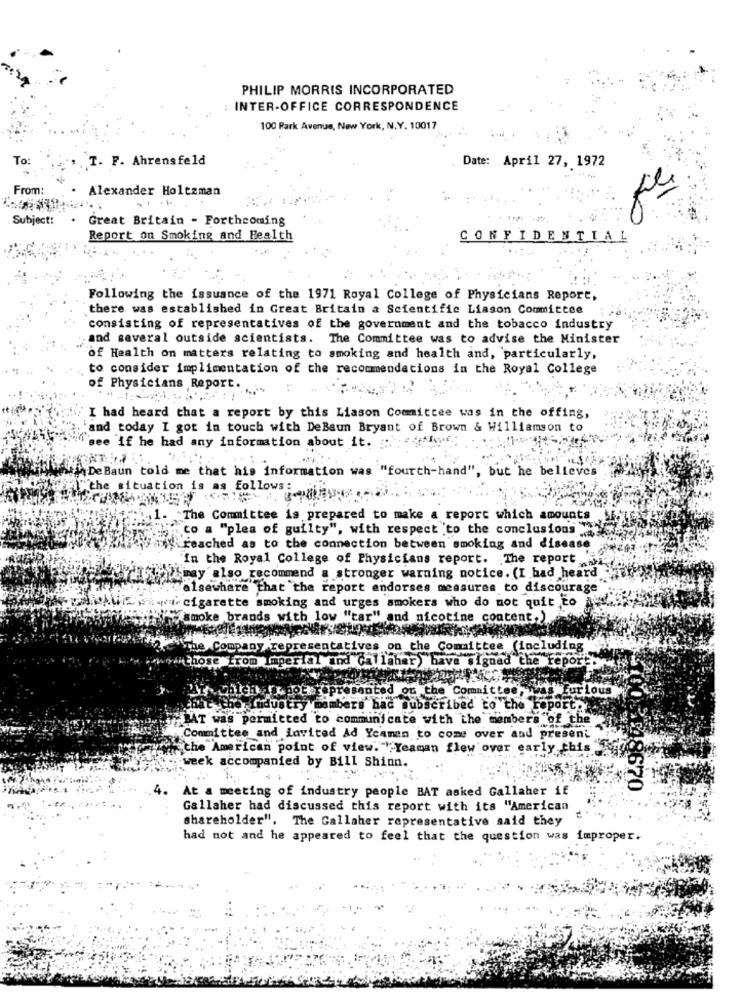
PHILIP MORRIS INCORPORATED
INTER-OFFICE CORRESPONDENCE
100 Park Avenue, New York, N.Y. 10017
To:
I. F. Ahrensfeld
Date: April 27, 1972
From:
Alexander Holtzman
Subject:
. Great Britain - Forthcoming
Report on Smoking and Health
CONFIDENTIAL
Following the issuance of the 1971 Royal College of Physicians Report,
there was established in Great Britain a Scientific Liason Committee
consisting of representatives of the government and the tobacco industry
and several outside scientists. The Committee was to advise the Minister
of Health on matters relating to smoking and health and, particularly,
to consider implimentation of the recommendations in the Royal College
of Physicians Report.
I had heard that a report by this Liason Committee was in the offing,
"and today I got in touch with DeBaun Bryant of Brown & Williamson to
see if he had any information about it. ..
De Baun told me that his information was "fourth-hand", but he believes
"the situation is as follows:
1. The Committee is prepared to make a report which amounts
"co a "plea of guilty", with respect to the conclusions
reached as to the connection between smoking and disease
"In the Royal College of Physicians report. The report
Smay also recommend a stronger warning notice. (I had heard
alsewhere that the report endorses measures to discourage
cigarette smoking and urges smokers who do not quit to
smoke brands with low "tar" and nicotine content,)
he Company rep
resentatives on the Committee (including
Tom Imperial und Gallaher) bave signad the report.
Fur Lous
d on the Committee,
members hac subscribed to the report.
"BAT was permitted to communicate with the members of the
Committee and invited Ad Ycamen to come over and present
the American point of view. " Yeaman flew over early this
week accompanied by Bill Shinn.
4.
At a meeting of industry people BAT asked Gallaher if
$4X43670
Gallaher had discussed this report with its "American
shareholder". The Gallaher representative said they
had not and he appeared to feel that the question was improper.